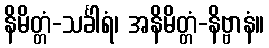
နိမိတ္တံ-သင်္ခါရံ၊ အနိမိတ္တံ-နိဗ္ဗာနံ။